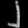
Digit: ၂